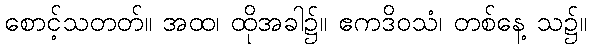
စောင့်သတတ်။ အထ၊ ထိုအခါ၌။ ဧကဒိဝသံ၊ တစ်နေ့ သ၌။